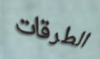
الطرقات